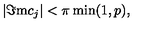
| \Im \mathrm { m } c _ { j } | < \pi \min ( 1 , p ) ,